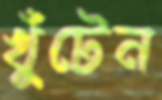
খুঁটেন